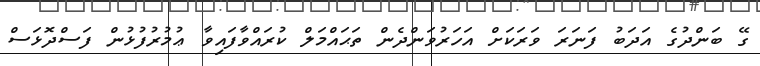
ގޭ ބަންދުގެ އަދަބު ފަނަރަ ވަރަކަށް އަހަރުވަންދެން ތަޙައްމަލް ކުރައްވާފައިވާ ޢުމުރުފުޅުން ފަސްދޮޅަސް